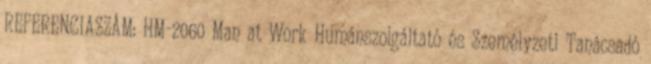
REFERENCIASZÁM: HM-2060 Man at Work Humánszolgáltató és Személyzeti Tanácsadó